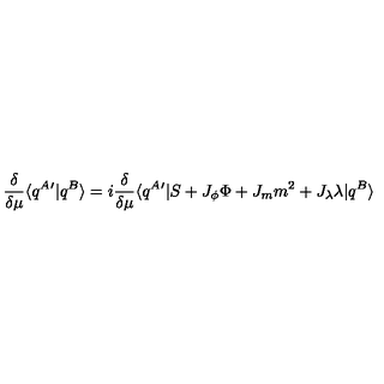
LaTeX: \frac { \delta } { \delta \mu } \langle q ^ { A } ^ { \prime } | q ^ { B } \rangle = i \frac { \delta } { \delta \mu } \langle q ^ { A } ^ { \prime } | S + J _ { \phi } \Phi + J _ { m } m ^ { 2 } + J _ { \lambda } \lambda | q ^ { B } \rangle